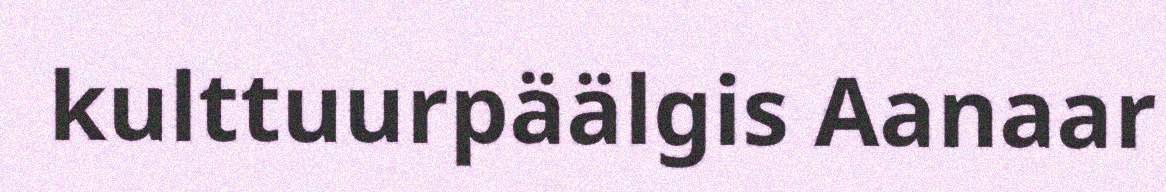
kulttuurpäälgis Aanaar